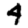
Digit: 4